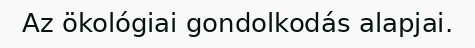
Az ökológiai gondolkodás alapjai.